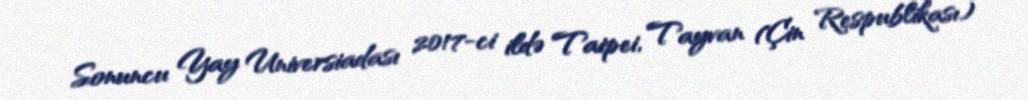
Sonuncu Yay Universiadası 2017-ci ildə Taipei, Tayvan (Çin Respublikası)